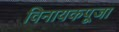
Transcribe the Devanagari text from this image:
विनायकपूजा